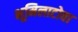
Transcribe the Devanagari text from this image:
भूमिलाटोवा